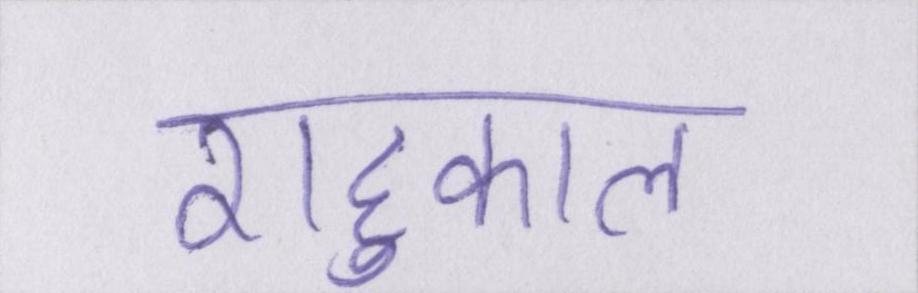
राहुकाल